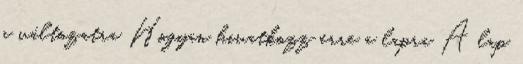
a változatra Hogyan hivatkozz erre a lapra A lap